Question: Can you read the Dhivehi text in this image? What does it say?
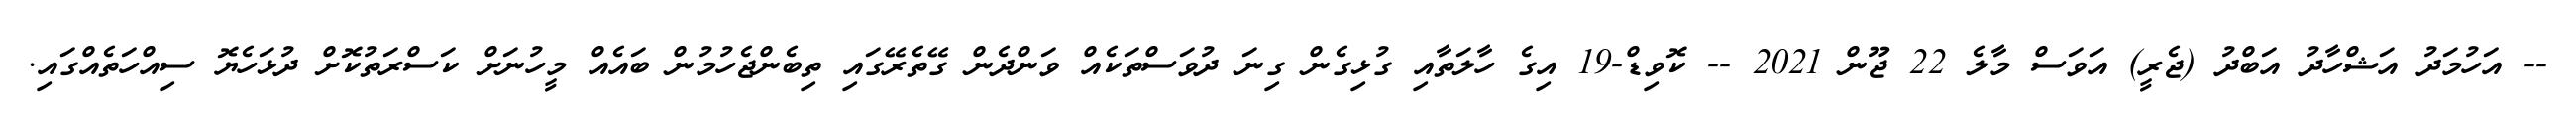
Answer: -- އަހުމަދު އަޝްހާދު އަބްދު (ޖެރީ) އަވަސް މާލެ 22 ޖޫން 2021 -- ކޮވިޑް-19 އިގެ ހާލަތާއި ގުޅިގެން ގިނަ ދުވަސްތަކެއް ވަންދެން ގޭތެރޭގައި ތިބެންޖެހުމުން ބައެއް މީހުނަށް ކަސްރަތުކޮށް ދުޅަހެޔޮ ސިއްހަތެއްގައި.